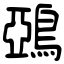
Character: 鵶